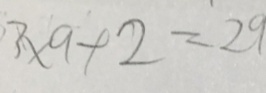
3 \times 9 + 2 = 2 9